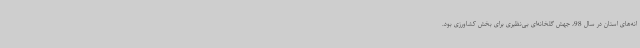
انه‌های استان در سال 98، جهش گلخانه‌ای بی‌نظیری برای بخش کشاورزی بود.